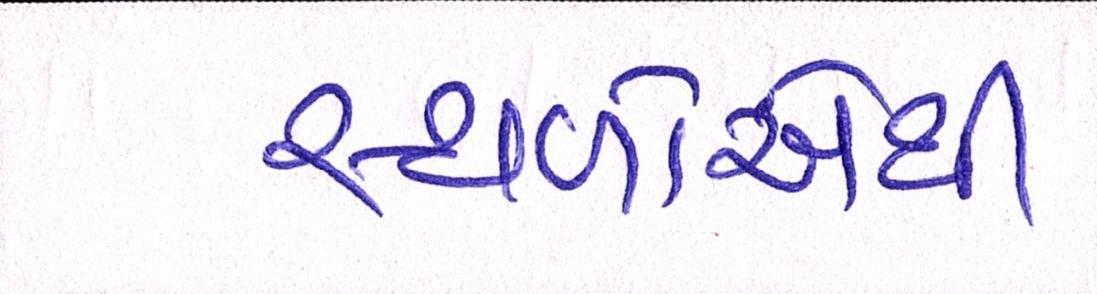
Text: સ્થળોએથી